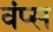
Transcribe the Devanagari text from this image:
वंप्स